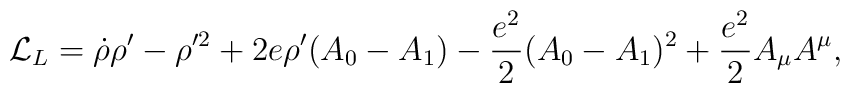
{\cal L}_L=\dot \rho \rho '-\rho '^2 +2e\rho '(A_0-A_1)-{{e^2}\over 2}(A_0-A_1)^2 +{{e^2}\over 2}A_\mu A^\mu,